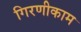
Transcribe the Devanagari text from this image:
गिरणीकाम